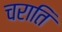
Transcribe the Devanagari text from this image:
चराति